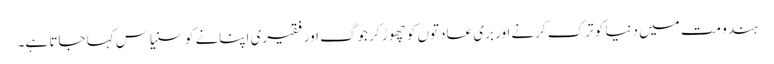
ہندو مت میں دنیا کو ترک کرنے اور بری عادتوں کو چھوڑ کر جوگ اور فقیری اپنانے کو سنیاس کہا جاتا ہے۔